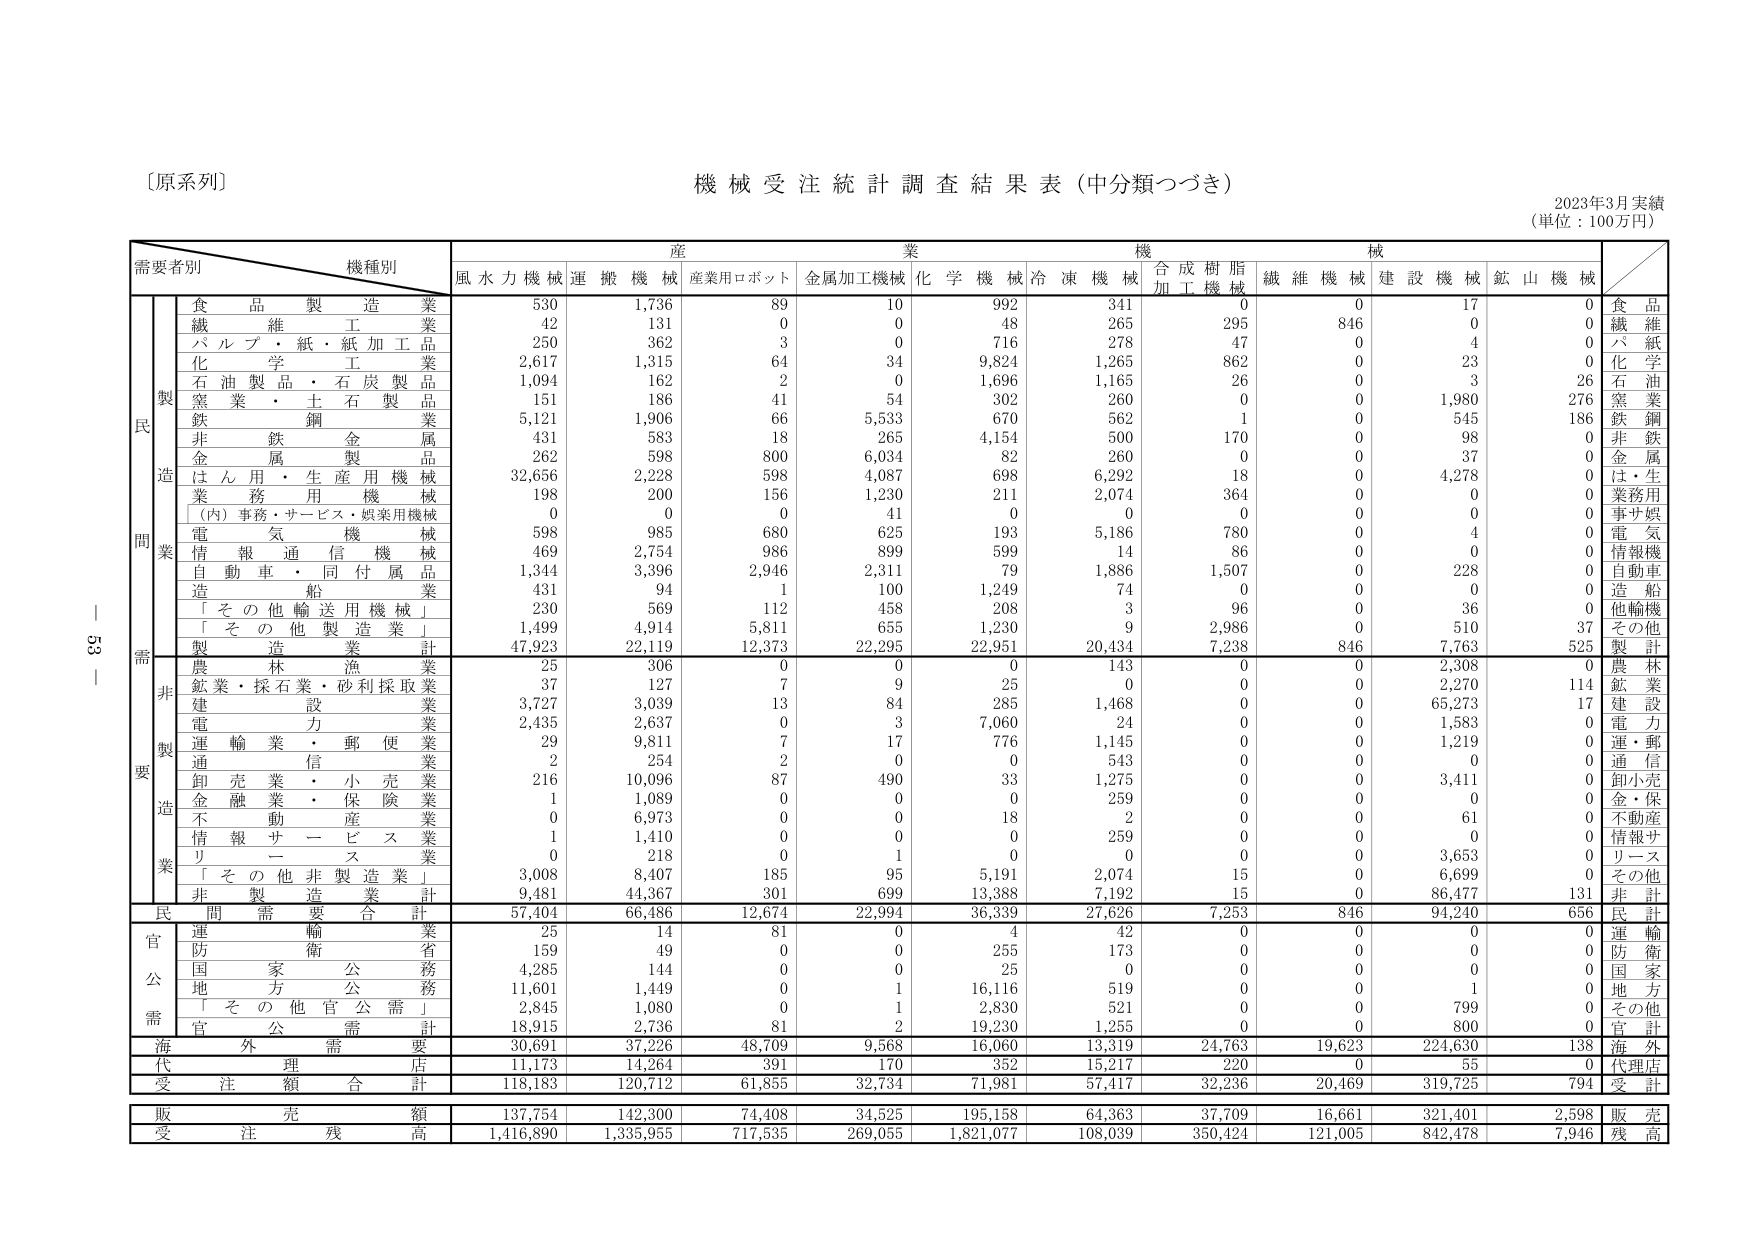
〔原系列〕
機械受注統計調査結果表（中分類つづき）
2023年3月実績
（単位：100万円）

需要者別　　機種別